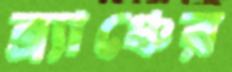
ব্র্যাঞ্চের